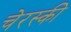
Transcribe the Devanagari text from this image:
चेरस्की